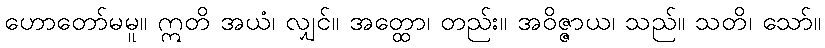
ဟောတော်မမူ။ ဣတိ အယံ၊ လျှင်။ အတ္ထော၊ တည်း။ အဝိဇ္ဇာယ၊ သည်။ သတိ၊ သော်။